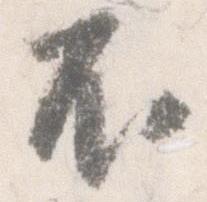
不